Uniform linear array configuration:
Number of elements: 64
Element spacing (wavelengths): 1
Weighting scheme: blackman
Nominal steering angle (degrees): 15
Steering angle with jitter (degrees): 14.451
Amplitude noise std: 0.05
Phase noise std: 0.05

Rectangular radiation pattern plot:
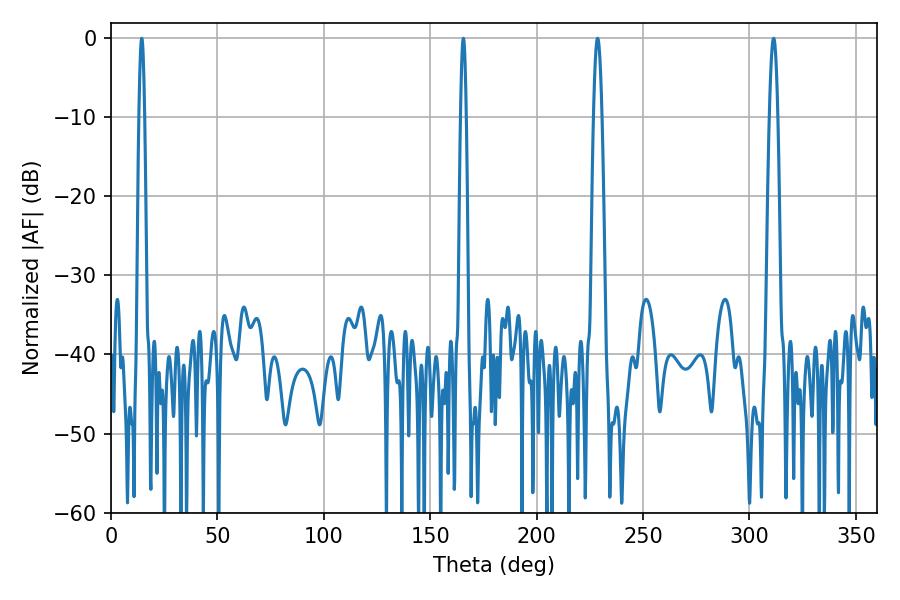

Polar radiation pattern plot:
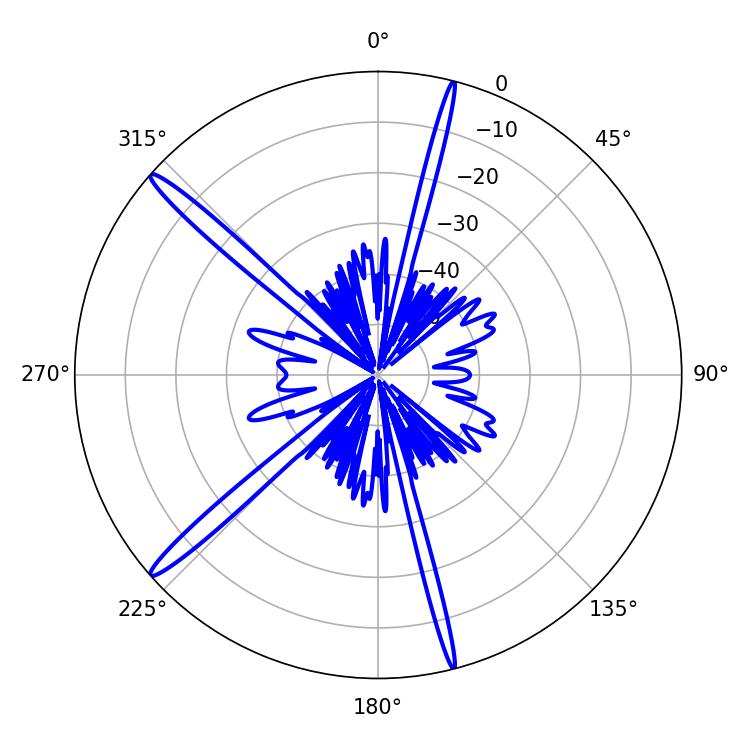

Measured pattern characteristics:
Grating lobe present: TRUE
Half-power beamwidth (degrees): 2.16
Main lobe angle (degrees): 228.6